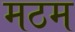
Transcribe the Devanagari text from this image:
मठम